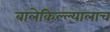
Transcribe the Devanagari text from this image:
बालेकिल्ल्यालाच